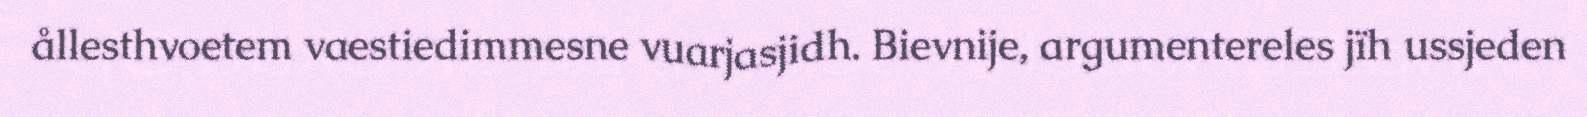
ållesthvoetem vaestiedimmesne vuarjasjidh. Bievnije, argumentereles jïh ussjeden